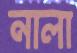
নালা